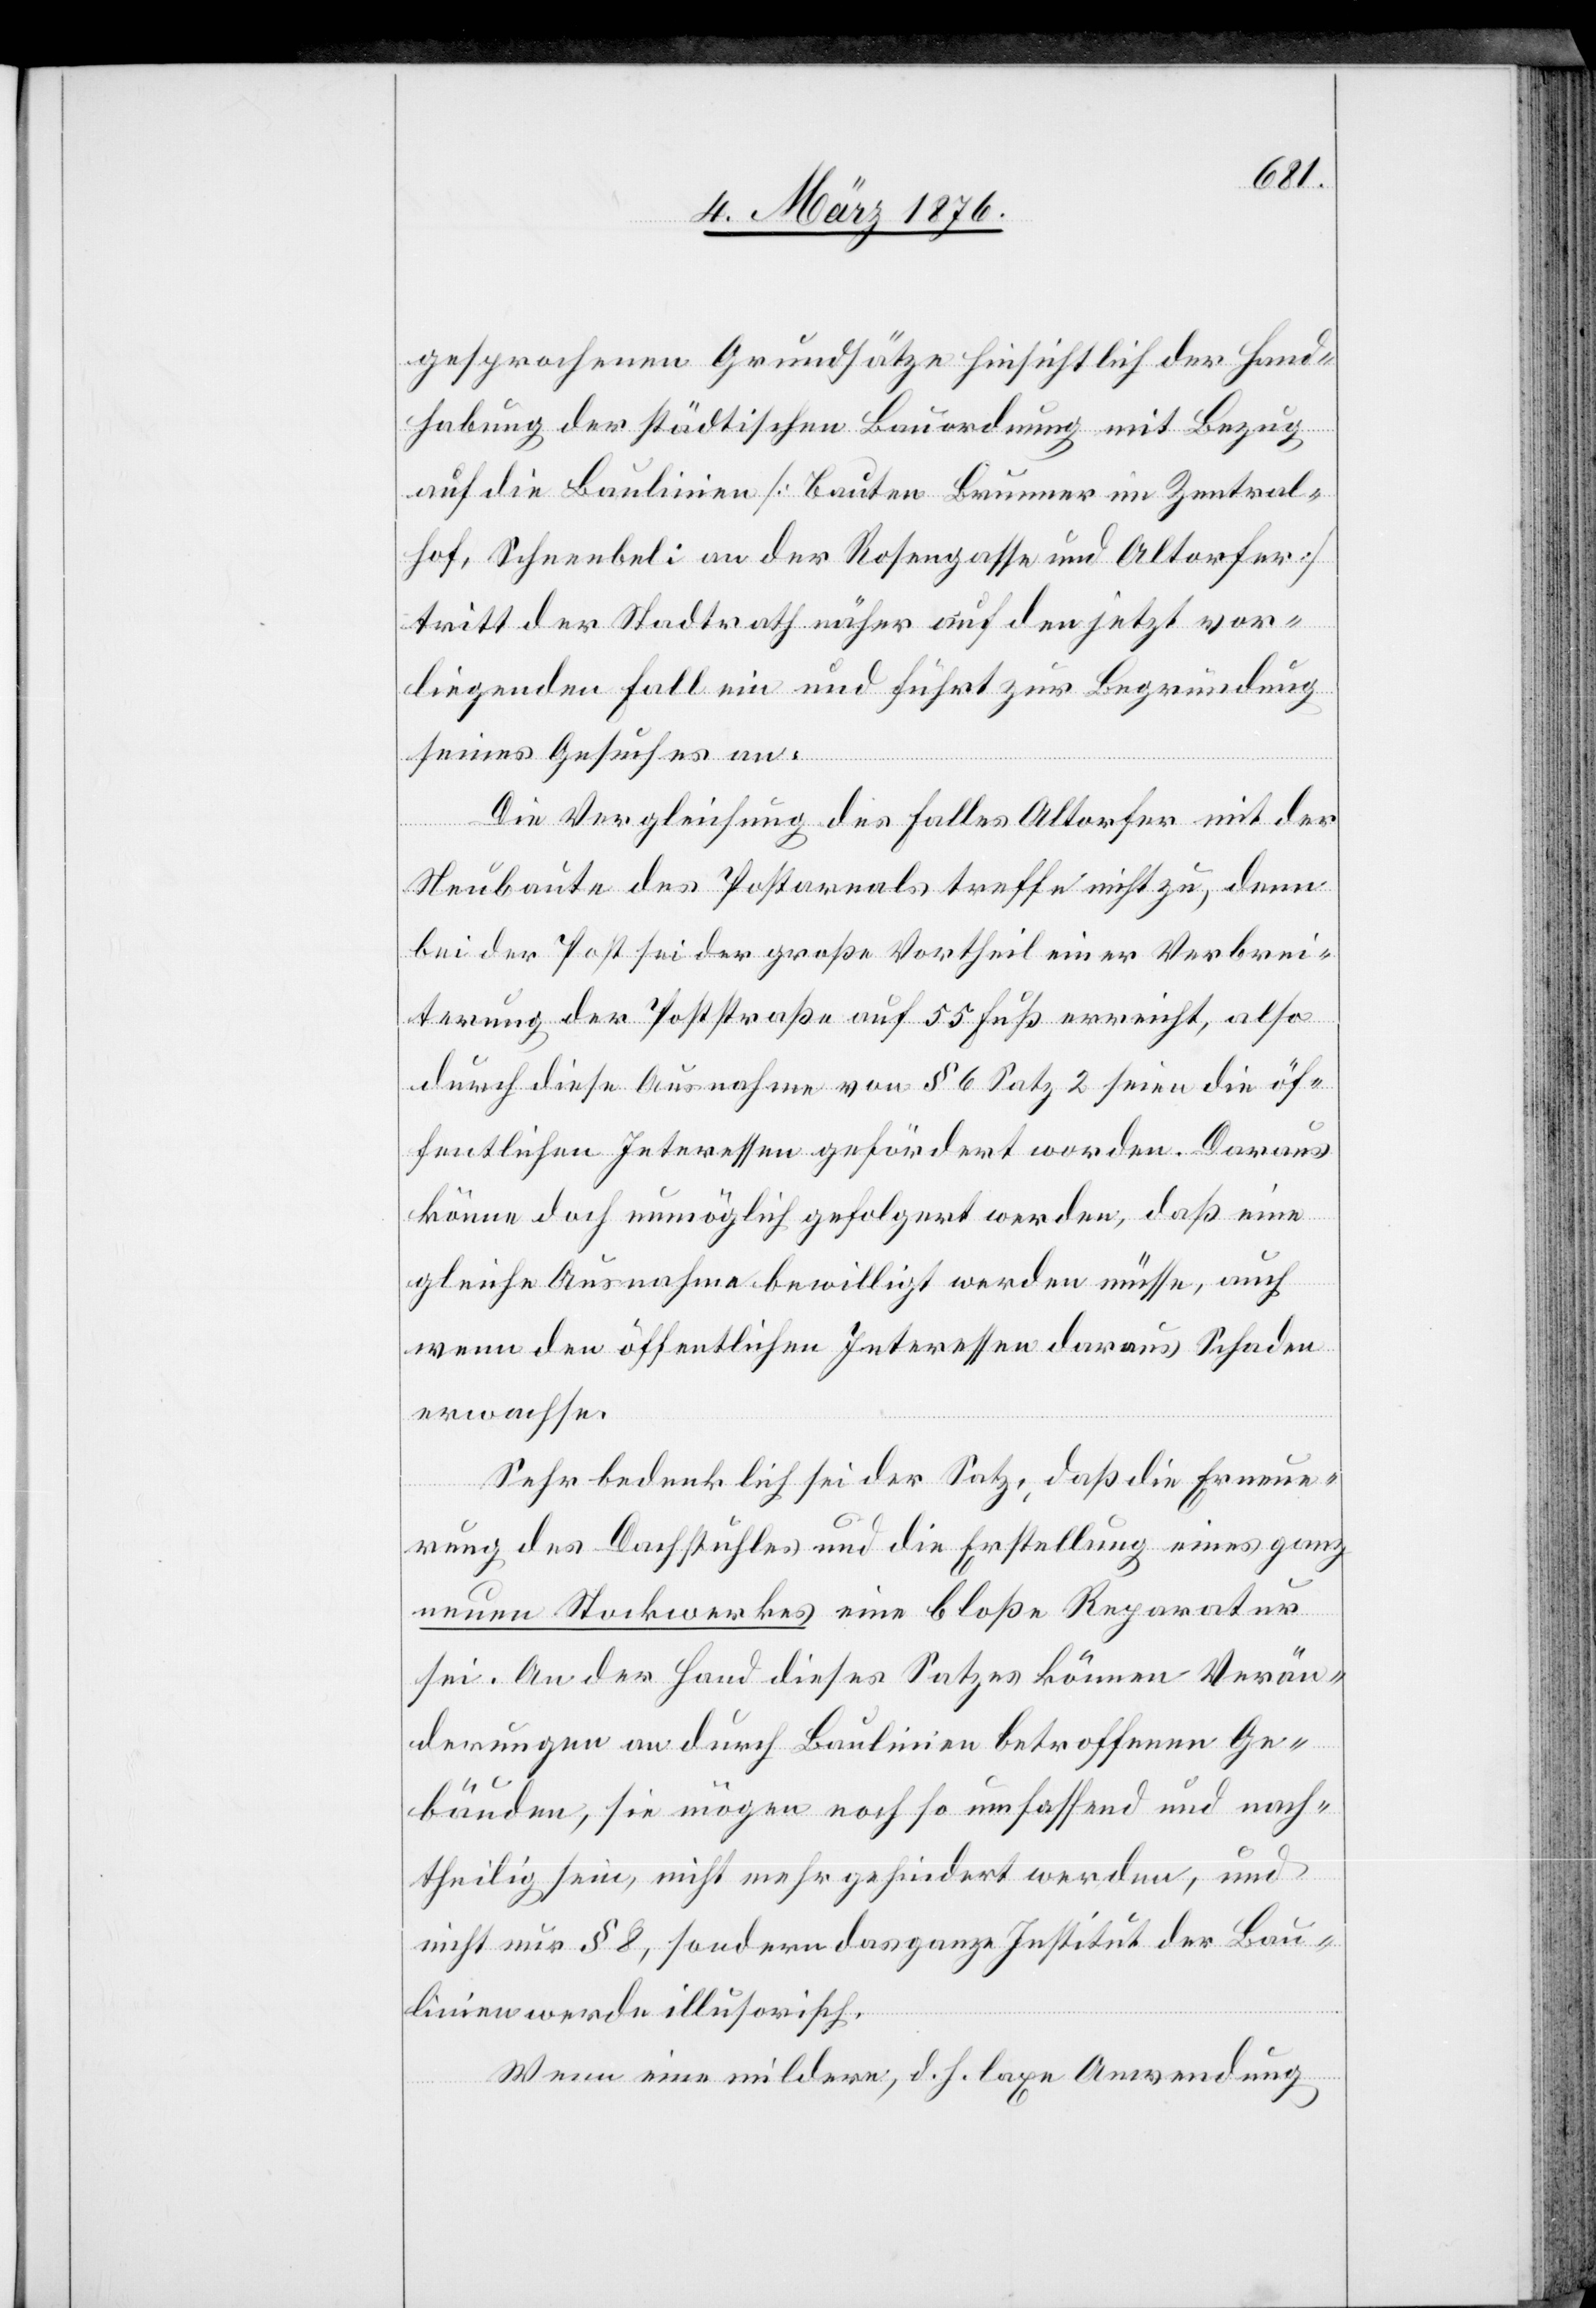
gesprochenen Grundsätze hinsichtlich der Hand¬
habung der städtischen Bauordnung mit Bezug
auf die Baulinien [Bauten Brunner im Zentral¬
hof, Schneebeli an der Rosengasse und Altorfer]
tritt der Stadtrath näher auf den jetzt vor¬
liegenden Fall ein und führt zur Begründung
seines Gesuches an:
Die Vergleichung des Falles Altorfer mit der
Neubaute des Postareals treffe nicht zu, denn
bei der Post sei der große Vortheil einer Verbrei¬
terung der Poststraße auf 55 Fuß erreicht, also
durch diese Ausnahme von § 6 Satz 2 seien die öf¬
fentlichen Interessen gefördert worden. Daraus
könne doch unmöglich gefolgert werden, daß eine
gleiche Ausnahme bewilligt werden müsse, auch
wenn den öffentlichen Interessen daraus Schaden
erwachsen.
Sehr bedenklich sei der Satz, daß die Erneue¬
rung des Dachstuhles und die Erstellung eines ganz
neuen Stockwerkes eine bloße Reparatur
sei. An der Hand dieses Satzes können Verän¬
derungen an durch Baulinien betroffenen Ge¬
bäuden, sie mögen noch so umfassend und nach¬
theilig sein, nicht mehr gehindert werden, und
nicht nur § 8, sondern das ganze Institut der Bau¬
linien werde illusorisch.
Wenn eine mildere, d. h. laxe Anwendung